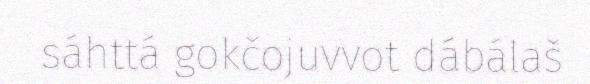
sáhttá gokčojuvvot dábálaš